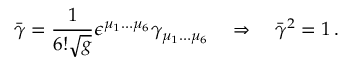
\bar { \gamma } = \frac 1 { 6 ! \sqrt g } \epsilon ^ { \mu _ { 1 } \dots \mu _ { 6 } } \gamma _ { \mu _ { 1 } \dots \mu _ { 6 } } \quad \Rightarrow \quad \bar { \gamma } ^ { 2 } = 1 \, .